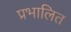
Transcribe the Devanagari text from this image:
प्रभालित